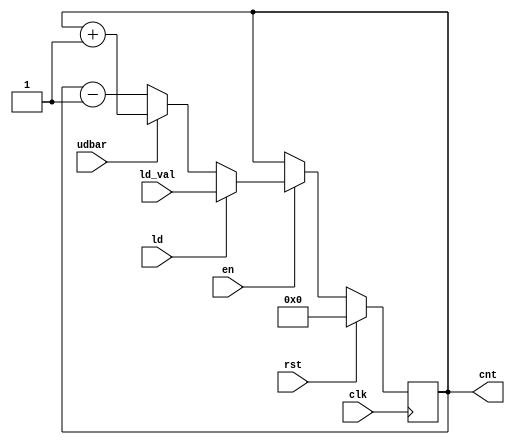
module Counter(input rst,clk,en,udbar,ld,input [3:0] ld_val,output  reg [3:0]  cnt);
always @(posedge clk)
begin
if (rst) cnt<=0;
else
begin
if(en) begin
if (ld) cnt<=ld_val;
else begin
if (udbar) cnt<=cnt+1;
else cnt<=cnt-1;
end
end
end
end
endmodule